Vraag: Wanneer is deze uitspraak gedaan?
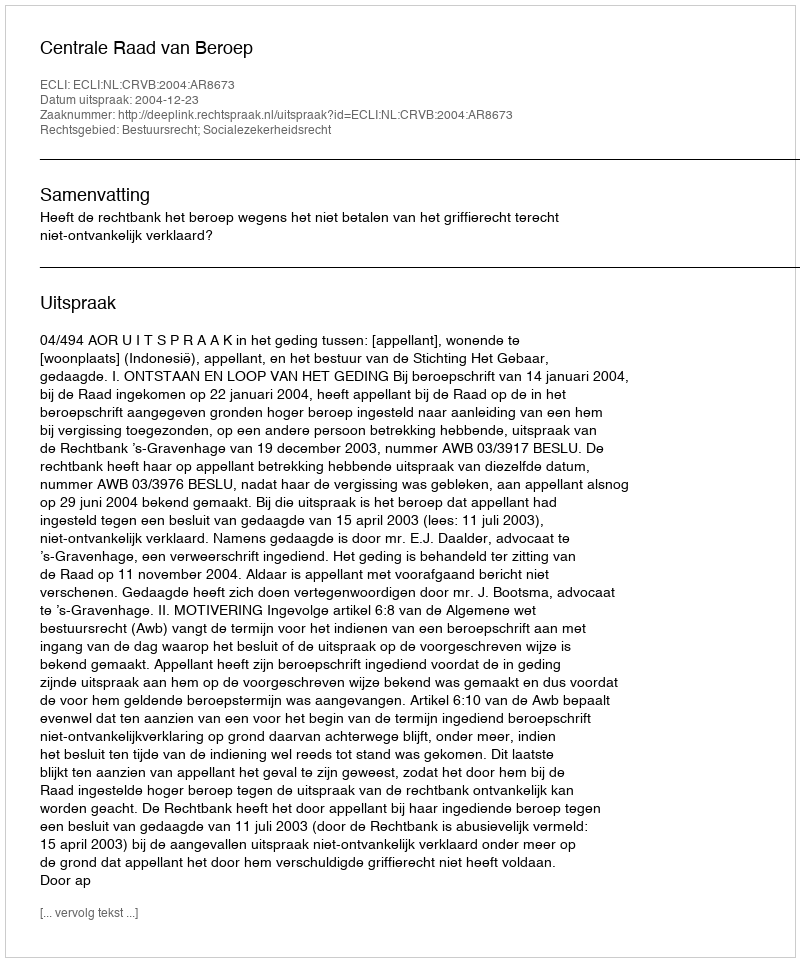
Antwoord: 2004-12-23